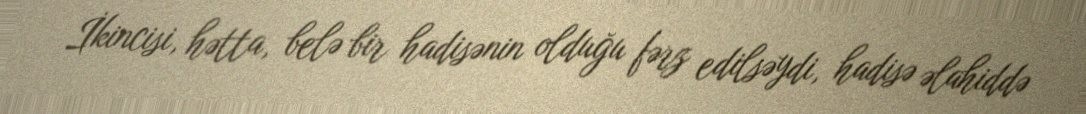
İkincisi, hətta, belə bir hadisənin olduğu fərz edilsəydi, hadisə əlahiddə